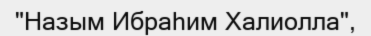
"Назым Ибраһим Халиолла",